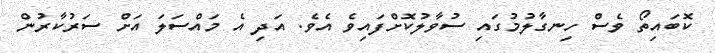
ކޮބައިތޯ ވެސް ހިނގާލުމުގައި ސުވާލުކޮށްފައިވެ އެވެ. އަދި އެ މައްސަލަ އަށް ސަރުކާރުން